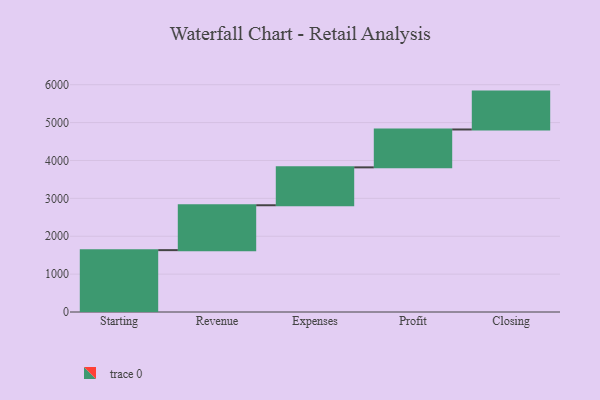
{"axis": {"x": "Step", "y": "Value"}, "legend": [""], "data": [{"x": "Starting", "y": 1633.0, "type": ""}, {"x": "Revenue", "y": 1185.0, "type": ""}, {"x": "Expenses", "y": 1000, "type": ""}, {"x": "Profit", "y": 1000, "type": ""}, {"x": "Closing", "y": 1000, "type": ""}]}